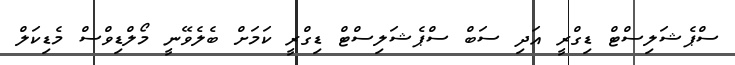
ސްޕެޝަލިސްޓް ޑިގްރީ އަދި ސަބް ސްޕެޝަލިސްޓް ޑިގްރީ ކަމަށް ބެލެވޭނީ މޯލްޑިވްސް މެޑިކަލް